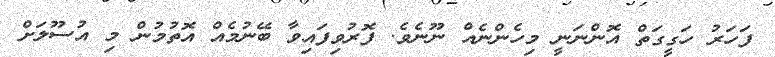
ފަހަރު ހަގީގަތް އޮންނަނީ މިހެންނެއް ނޫނެވެ. ފޮރުވިފައިވާ ބޭނުމެއް އޮތުމުން މި އުސޫލަށް